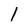
Character: 1